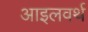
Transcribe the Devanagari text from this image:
आइलवर्थ